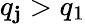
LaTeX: q_{\mathbf{j}}>q_{1}